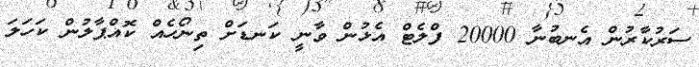
ސަރުކާރުން އެނބުނާ 20000 ފްލެޓް އެޅުން ވާނީ ކަނޑަށް ތިނޯހެއް ކޮއްޕާލުން ކަހަލަ